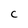
Character: C